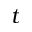
t